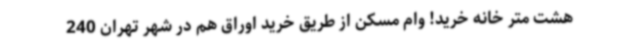
هشت متر خانه خرید! وام مسکن از طریق خرید اوراق هم در شهر تهران 240